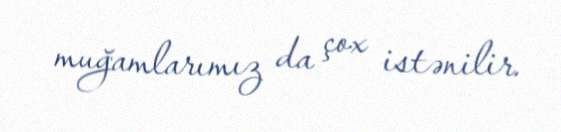
muğamlarımız da çox istənilir.